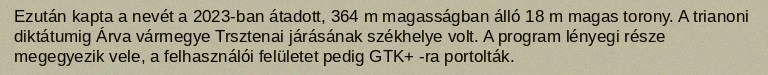
Ezután kapta a nevét a 2023-ban átadott, 364 m magasságban álló 18 m magas torony. A trianoni diktátumig Árva vármegye Trsztenai járásának székhelye volt. A program lényegi része megegyezik vele, a felhasználói felületet pedig GTK+ -ra portolták.